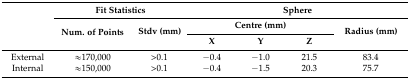
<table><thead><tr><td rowspan="3"></td><td colspan="2"><b>Fit Statistics</b></td><td colspan="4"><b>Sphere</b></td></tr><tr><td rowspan="2"><b>Num. of Points</b></td><td rowspan="2"><b>Stdv (mm)</b></td><td colspan="3"><b>Centre (mm)</b></td><td rowspan="2"><b>Radius (mm)</b></td></tr><tr><td><b>X</b></td><td><b>Y</b></td><td><b>Z</b></td></tr></thead><tbody><tr><td>External</td><td>≈170,000</td><td>&gt;0.1</td><td>−0.4</td><td>−1.0</td><td>21.5</td><td>83.4</td></tr><tr><td>Internal</td><td>≈150,000</td><td>&gt;0.1</td><td>−0.4</td><td>−1.5</td><td>20.3</td><td>75.7</td></tr></tbody></table>